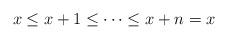
LaTeX: \begin{align*} x\leq x+1\leq\cdots\leq x+n=x \end{align*}